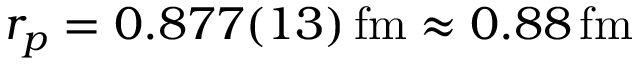
r _ { p } = 0 . 8 7 7 ( 1 3 ) \, \mathrm { f m } \approx 0 . 8 8 \, \mathrm { f m }